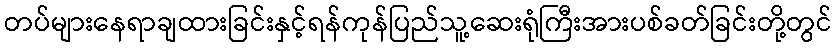
တပ်များနေရာချထားခြင်းနှင့်ရန်ကုန်ပြည်သူ့ဆေးရုံကြီးအားပစ်ခတ်ခြင်းတို့တွင်